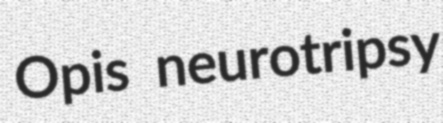
Opis neurotripsy